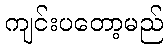
ကျင်းပတော့မည်